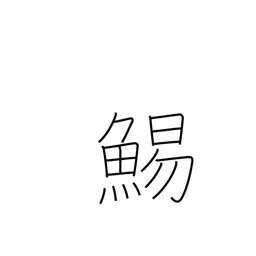
Meaning: cuttlefish